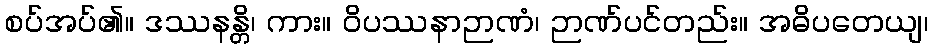
စပ်အပ်၏။ ဒဿနန္တိ၊ ကား။ ဝိပဿနာဉာဏံ၊ ဉာဏ်ပင်တည်း။ အဓိပတေယျ၊